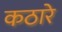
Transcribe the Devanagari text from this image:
कठारे